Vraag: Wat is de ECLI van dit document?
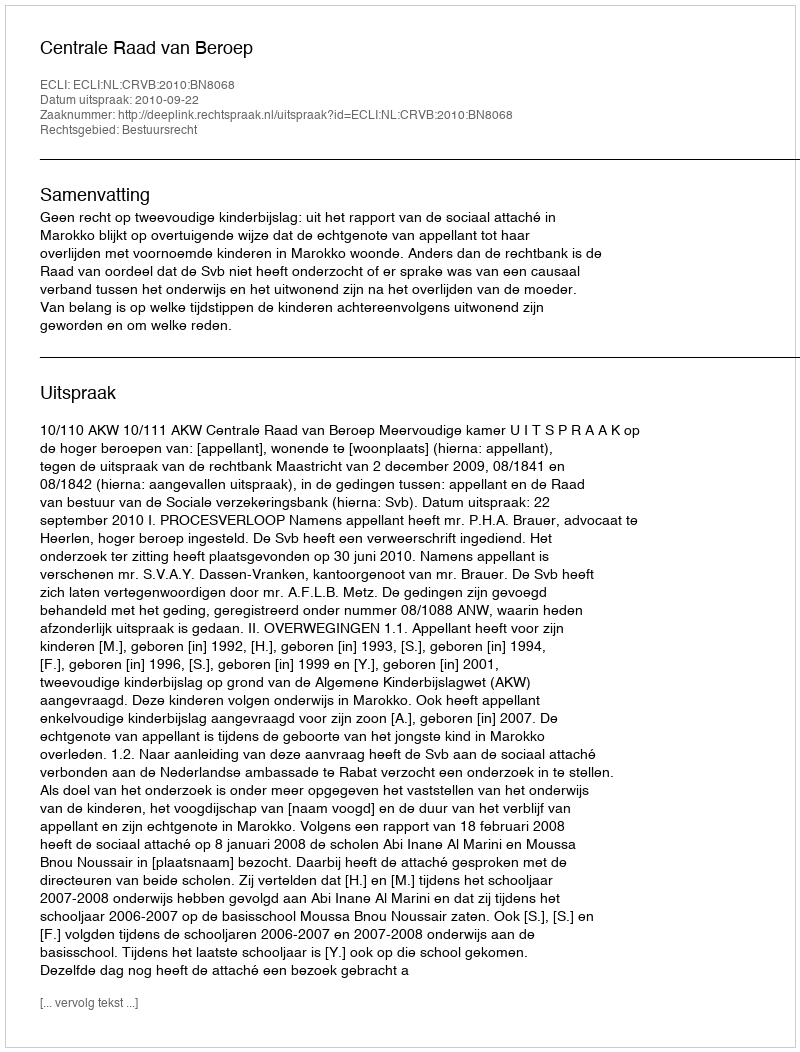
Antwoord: ECLI:NL:CRVB:2010:BN8068